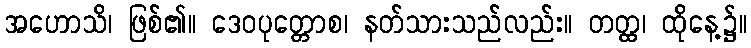
အဟောသိ၊ ဖြစ်၏။ ဒေဝပုတ္တောစ၊ နတ်သားသည်လည်း။ တတ္ထ၊ ထိုနေ့၌။